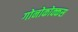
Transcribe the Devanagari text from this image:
गोनोकोक्कस